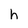
Character: h